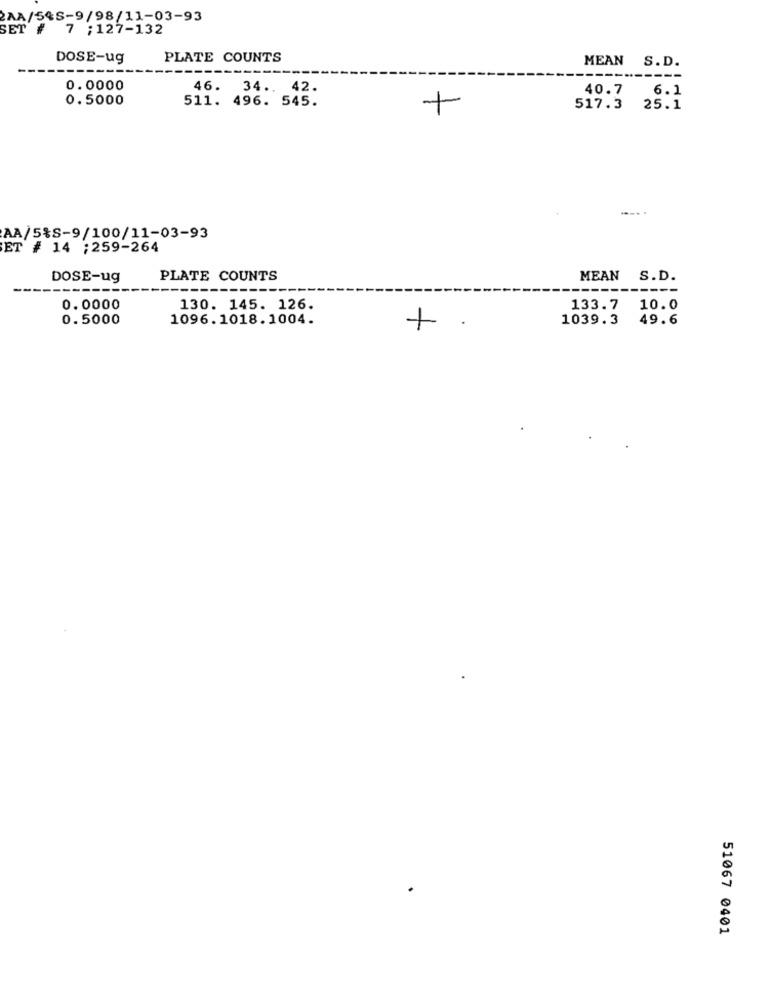
AA/54S-9/98/11-03-93
SET # 7 ;127-132
DOSE-ug
PLATE COUNTS
MEAN S.D.
----
---
0.0000
46. 34 .. 42.
40.7 6.1
0.5000
511. 496. 545.
517.3 25.1
AA/5%S-9/100/11-03-93
ET # 14 ;259-264
DOSE-ug
PLATE COUNTS
MEAN S.D.
---
0.0000
130. 145. 126.
133.7 10.0
0.5000
1096.1018.1004.
1039.3
49.6
.
51067 0401